Annual administration report of the Civil Veterinary Department, Ajmere-Merwara, British Rajputana - 1914-1940
Year: 1914
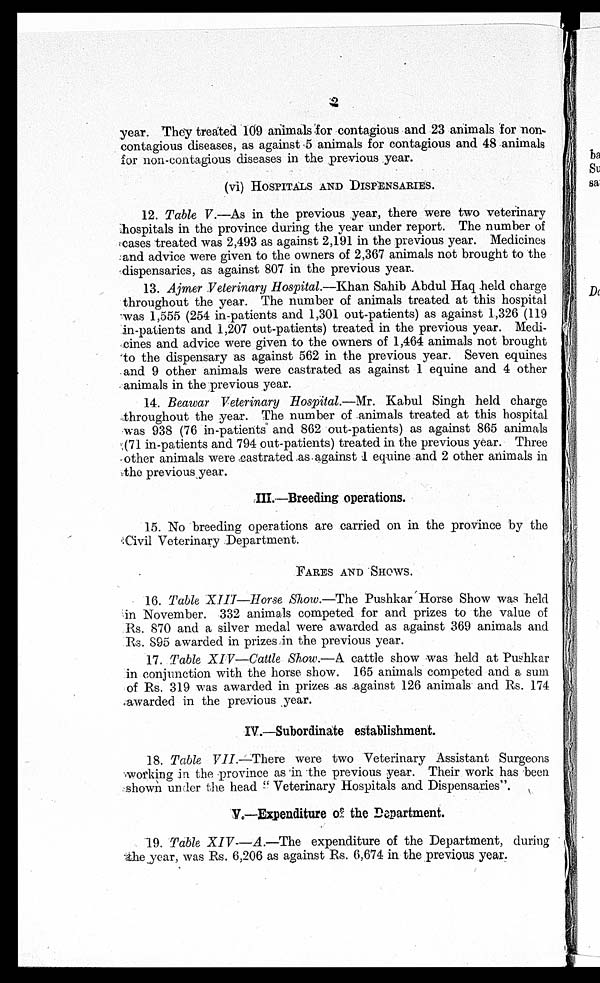
2
year. They treated 109 animals for contagious and 23 animals for non-
contagious diseases, as against 5 animals for contagious and 48 animals
for non-contagious diseases in the previous year.
(vi)
HOSPITALS AND DISPENSARIES.
12. Table V.—As in the previous year, there were two veterinary
hospitals in the province during the year under report. The number of
cases treated was 2,493 as against 2,191 in the previous year. Medicines
and advice were given to the owners of 2,367 animals not brought to the
dispensaries, as against 807 in the previous year.
13. Ajmer Veterinary Hospital.—Khan Sahib Abdul Haq held charge
throughout the year. The number of animals treated at this hospital
was 1,555 (254 in-patients and 1,301 out-patients) as against 1,326 (119
in-patients and 1,207 out-patients) treated in the previous year. Medi-
cines and advice were given to the owners of 1,464 animals not brought
to the dispensary as against 562 in the previous year. Seven equines
and 9 other animals were castrated as against 1 equine and 4 other
animals in the previous year.
14. Beawar Veterinary Hospital.—Mr. Kabul Singh held charge
throughout the year. The number of animals treated at this hospital
was 938 (76 in-patients and 862 out-patients) as against 865 animals
(71 in-patients and 794 out-patients) treated in the previous year. Three
other animals were castrated as against 1 equine and 2 other animals in
the previous year.
III.—Breeding operations.
15. No breeding operations are carried on in the province by the
Civil Veterinary Department.
FARES AND SHOWS.
16. Table XIII—Horse Show.—The Pushkar Horse Show was held
in November. 332 animals competed for and prizes to the value of
Rs. 870 and a silver medal were awarded as against 369 animals and
Rs. 895 awarded in prizes in the previous year.
17. Table XIV—Cattle Show.—A cattle show was held at Pushkar
in conjunction with the horse show. 165 animals competed and a sum
of Rs. 319 was awarded in prizes as against 126 animals and Rs. 174
awarded in the previous year.
IV.—Subordinate establishment.
18. Table VII.—There were two Veterinary Assistant Surgeons
working in the province as in the previous year. Their work has been
shown under the head " Veterinary Hospitals and Dispensaries".
V.—Expenditure of the Department.
19. Table XIV—A.—The
expenditure of the Department, during
the year, was Rs. 6,206 as against Rs. 6,674 in the previous year.